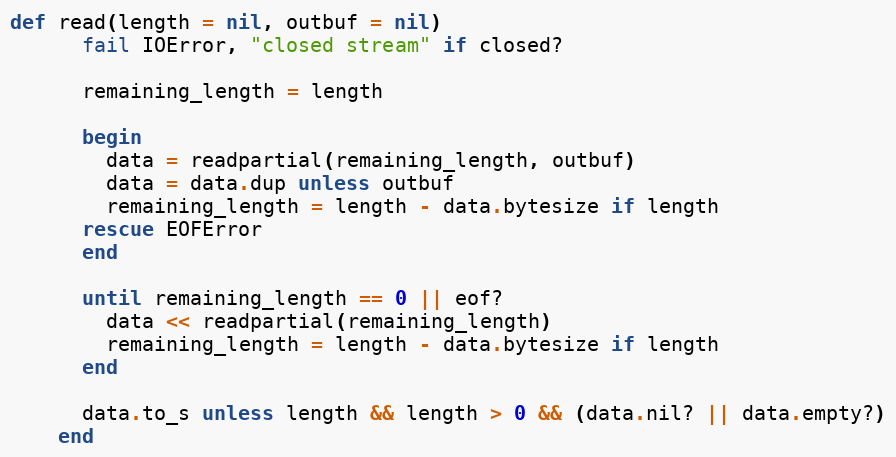
Language: Ruby
def read(length = nil, outbuf = nil)
      fail IOError, "closed stream" if closed?

      remaining_length = length

      begin
        data = readpartial(remaining_length, outbuf)
        data = data.dup unless outbuf
        remaining_length = length - data.bytesize if length
      rescue EOFError
      end

      until remaining_length == 0 || eof?
        data << readpartial(remaining_length)
        remaining_length = length - data.bytesize if length
      end

      data.to_s unless length && length > 0 && (data.nil? || data.empty?)
    end